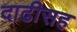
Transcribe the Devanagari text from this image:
दाढीसह